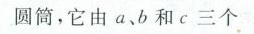
圆筒，它由 a、b 和c 三个